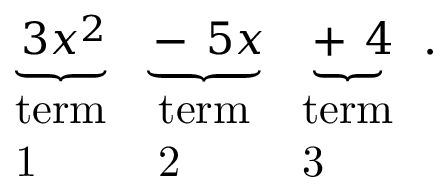
\underbrace { _ { \, } 3 x ^ { 2 } } _ { \begin{array} { l } { \mathrm { t e r m } } \\ { \mathrm { 1 } } \end{array} } \underbrace { - _ { \, } 5 x } _ { \begin{array} { l } { \mathrm { t e r m } } \\ { \mathrm { 2 } } \end{array} } \underbrace { + _ { \, } 4 } _ { \begin{array} { l } { \mathrm { t e r m } } \\ { \mathrm { 3 } } \end{array} } .